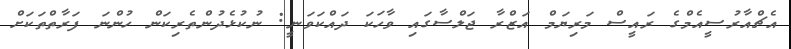
އެޗްއާރުސީއެމްގެ ރައީސް މަރިޔަމް އަޒްރާ ޖަލްސާގައި ވާހަކަ ދައްކަވަނީ: ނުކުޅެދުންތެރިކަން ހުންނަ ފަރާތްތަކަށް